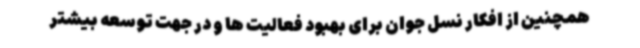
همچنین از افکار نسل جوان برای بهبود فعالیت ها و در جهت توسعه بیشتر